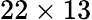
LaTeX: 22\times 13